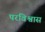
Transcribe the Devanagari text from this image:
परविश्वास